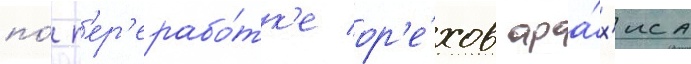
по́ п'ер'ерабо́тк'е ор'е́хов ара́х'иса